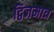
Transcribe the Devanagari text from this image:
द्विजमात्र